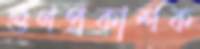
গুণপ্রকাশক